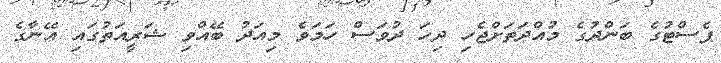
ޕެސްޓުގެ ބަންދުގެ މުއްދަތަށްޖެހި ދިހަ ދުވަސް ހަމަވެ މިއަދު ބޭއްވި ޝަރީއަތުގައި އޭނާގެ